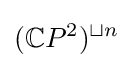
(\mathbb {C} P^{2})^{\sqcup n}